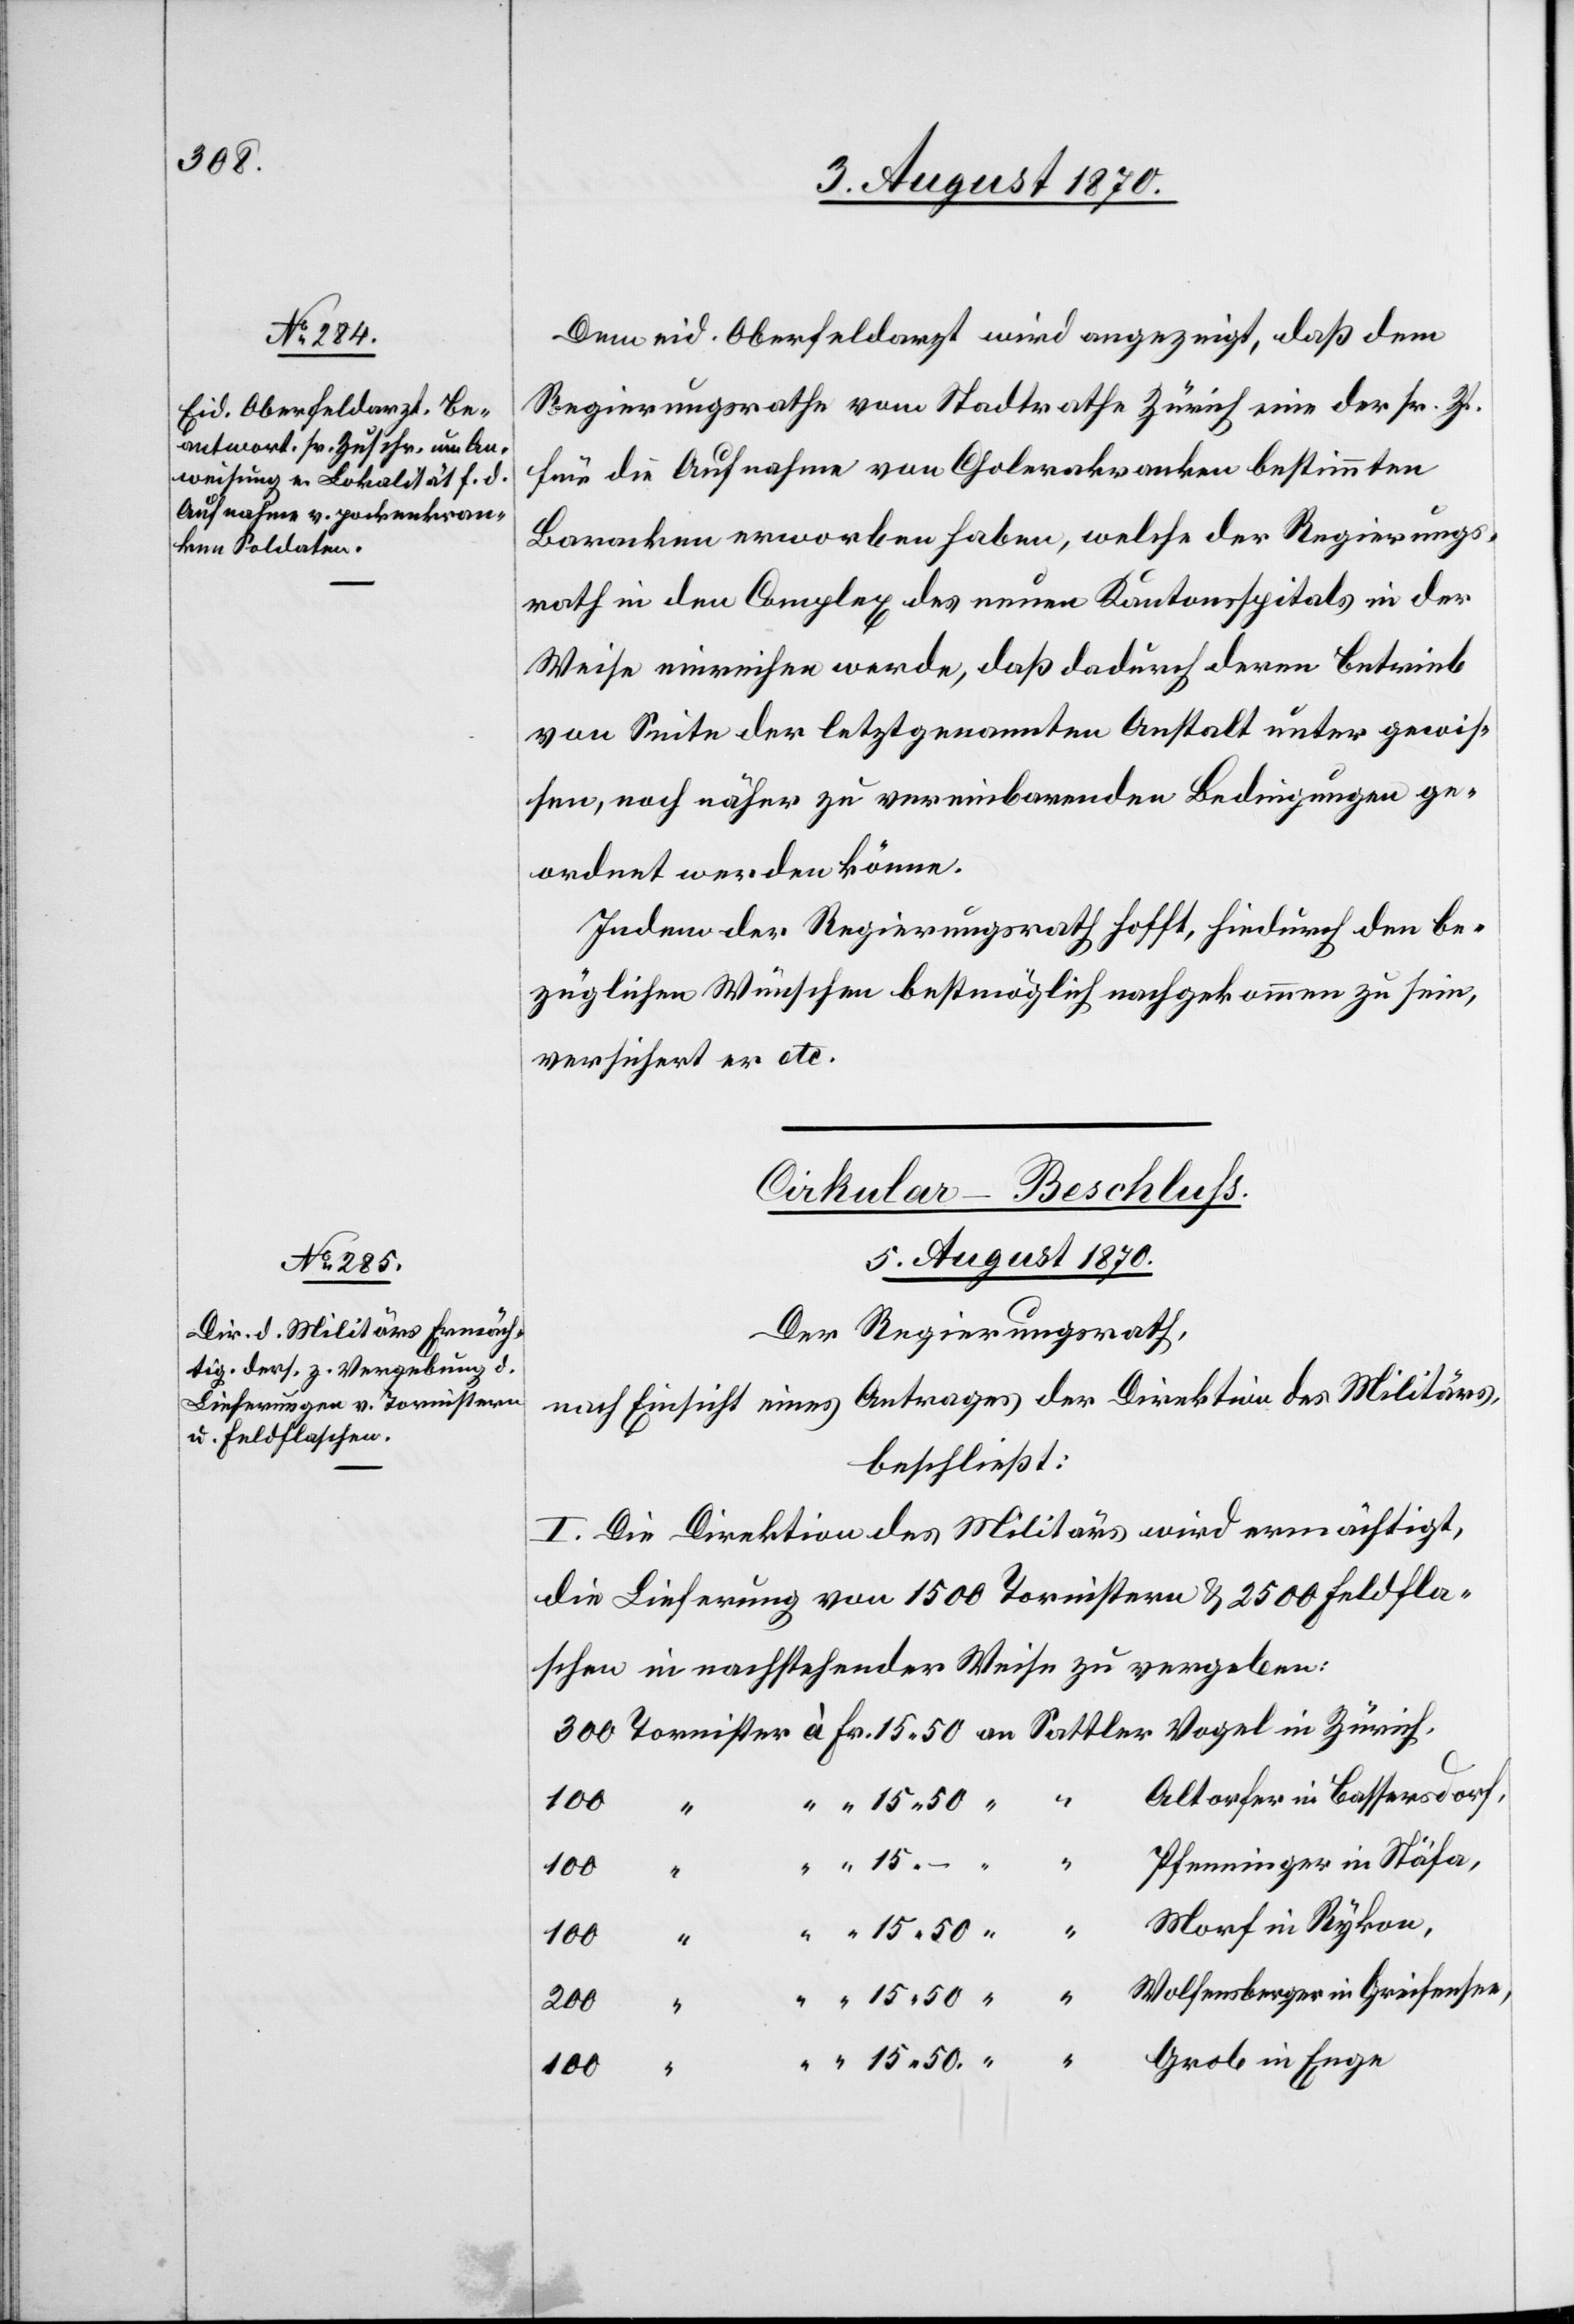
300

4. August 1870.]
Dem eid. Oberfeldarzt wird angezeigt, daß dem
Regierungsrathe vom Stadtrathe Zürich eine der sr. Zt.
für die Aufnahme von Cholerakranken bestimmten
Baracken erworben haben [sic!], welche der Regierungs¬
rath in den Complex des neuen Kantonsspitals in der
Weise einrichten werde, daß dadurch deren Betrieb
von Seite der letztgenannten Anstalt unter gewis¬
sen, noch näher zu vereinbarenden Bedingungen ge¬
ordnet werden könne.
Indem der Regierungsrath hofft, hiedurch den be¬
züglichen Wünschen bestmöglich nachgekommen zu sein,
versichert er etc.
Cirkular-Beschluss.
5. August 1870.
Der Regierungsrath,
nach Einsicht eines Antrages der Direktion des Militärs,
beschließt:
I. Die Direktion des Militärs wird ermächtigt,
die Lieferung von 1500 Tornistern & 2500 Feldfla¬
schen in nachstehender Weise zu vergeben:
Altorfer in Bassersdorf
100
15.